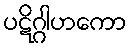
ပဋိဂ္ဂါဟကော